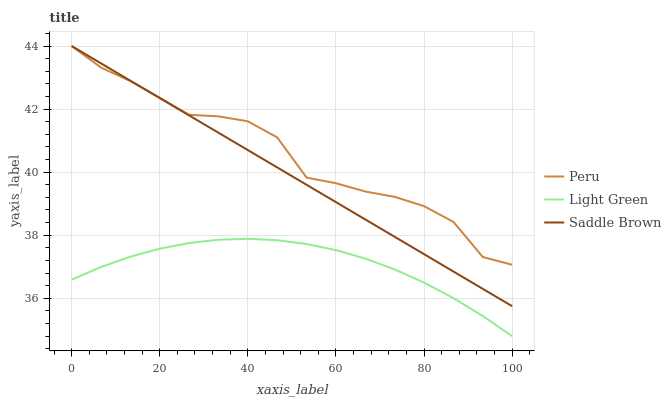
| xaxis_label | Peru | Light Green | Saddle Brown |
 | --- | --- | --- | --- |
 | 0 | 44 | 36.6 | 44 |
 | 6.67 | 43.3 | 37 | 43.4 |
 | 13.3 | 42.9 | 37.3 | 42.9 |
 | 20 | 42.4 | 37.6 | 42.3 |
 | 26.7 | 41.8 | 37.8 | 41.8 |
 | 33.3 | 41.8 | 37.9 | 41.2 |
 | 40 | 41.6 | 37.9 | 40.7 |
 | 46.7 | 41.1 | 37.8 | 40.1 |
 | 53.3 | 39.8 | 37.7 | 39.6 |
 | 60 | 39.6 | 37.5 | 39 |
 | 66.7 | 39.4 | 37.3 | 38.5 |
 | 73.3 | 39.2 | 36.9 | 37.9 |
 | 80 | 38.9 | 36.5 | 37.4 |
 | 86.7 | 38.4 | 36 | 36.8 |
 | 93.3 | 37.3 | 35.4 | 36.3 |
 | 100 | 37.1 | 34.8 | 35.7 |